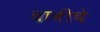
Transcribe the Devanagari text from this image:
धाबीचे